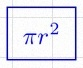
\pi r^2